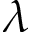
\lambda